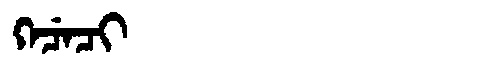
Manchu: ᡴᡝᠴᡝᠴᡳ
Romanization: KECECI